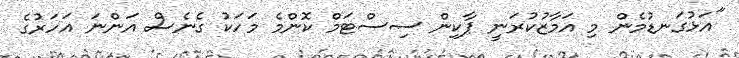
"އަޅުގަނޑުމެން މި އަމާޒުކުރަނީ ޕާކިން ސިސްޓަމް ކޮންމެ މަހަކު ގެނެސް އަންނަ އަހަރުގެ